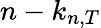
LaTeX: n-k_{n,T}